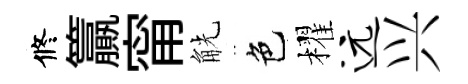
修籯甯觥色櫂远兴